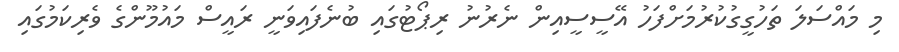
މި މައްސަލަ ތަހުގީގުކުރުމަށްފަހު އޭސީސީއިން ނެރުނު ރިޕޯޓުގައި ބުނެފައިވަނީ ރައީސް މައުމޫންގެ ވެރިކަމުގައި